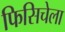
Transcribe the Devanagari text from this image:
फिसिचेला